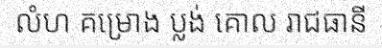
លំហ គម្រោង ប្លង់ គោល រាជធានី